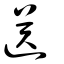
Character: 送